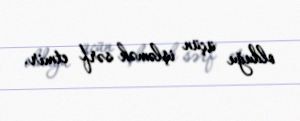
olduğu üçün işləmək sərf etmir.